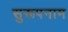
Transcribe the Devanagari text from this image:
सुरूपनाम